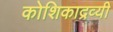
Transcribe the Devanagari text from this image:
कोशिकाद्रव्यी